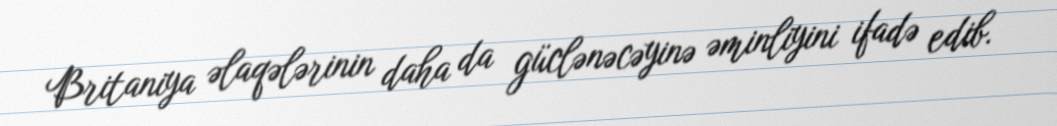
Britaniya əlaqələrinin daha da güclənəcəyinə əminliyini ifadə edib.